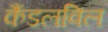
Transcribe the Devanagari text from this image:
कैंडलविल